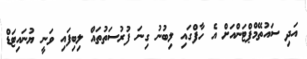
އަދި ސައުތޭމްޕްޓަންއަށް އެ ހާފްގައި ލިބުނު ގިނަ ފުރުސަތުތައް ލިބިފައި ވަނީ ޔުނައިޓަޑް